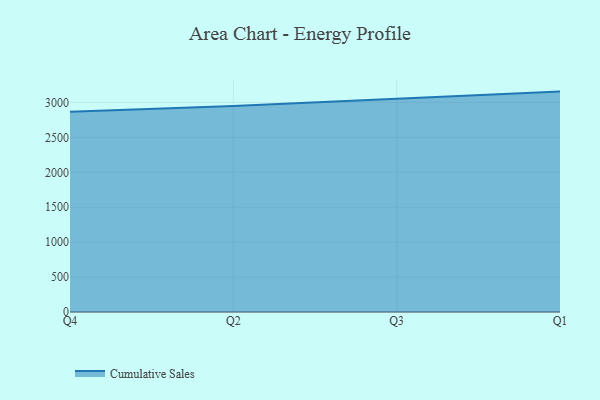
{"axis": {"x": "Quarter", "y": "Temperature (°C)"}, "legend": ["Cumulative Sales"], "data": [{"x": "Q4", "y": 2866.7, "type": "Cumulative Sales"}, {"x": "Q2", "y": 2950.8, "type": "Cumulative Sales"}, {"x": "Q3", "y": 3052.5, "type": "Cumulative Sales"}, {"x": "Q1", "y": 3155.6, "type": "Cumulative Sales"}]}